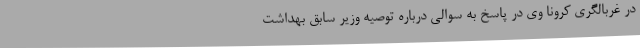
در غربالگری کرونا وی در پاسخ به سوالی درباره توصیه وزیر سابق بهداشت